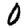
Digit: 0